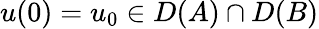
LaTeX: u(0)=u_{0}\in D(A)\cap D(B)